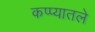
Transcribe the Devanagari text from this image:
कप्प्यातले